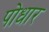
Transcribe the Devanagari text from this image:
पोधार